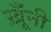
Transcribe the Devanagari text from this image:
ख़ूँनी